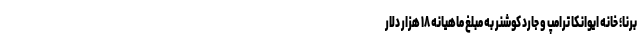
برنا؛ خانه ایوانکا ترامپ و جارد کوشنر به مبلغ ماهیانه ۱۸ هزار دلار